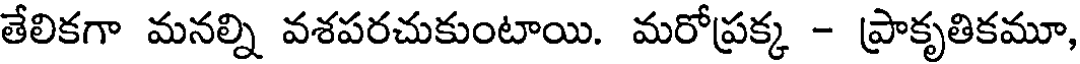
తేలికగా మనల్ని వశపరచుకుంటాయి. మరోప్రక్క - ప్రాకృతికమూ,